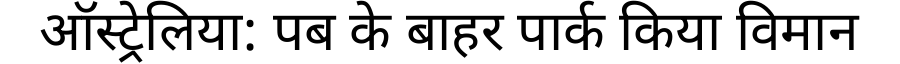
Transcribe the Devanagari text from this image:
ऑस्ट्रेलिया: पब के बाहर पार्क किया विमान